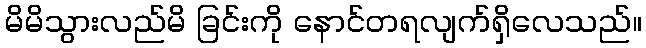
မိမိသွားလည်မိ ခြင်းကို နောင်တရလျက်ရှိလေသည်။